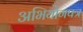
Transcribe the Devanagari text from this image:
अभियोगपत्र